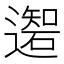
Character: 𲆄